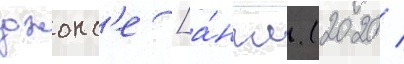
джонс'е [а́нгл. (2020 /